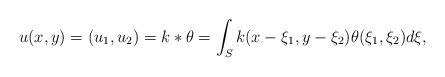
LaTeX: \begin{align*}u(x,y)=(u_1,u_2)= k*\theta=\int_S k(x-\xi_1,y-\xi_2)\theta(\xi_1,\xi_2)d\xi,\end{align*}